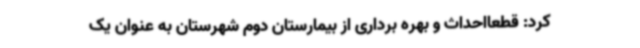
کرد: قطعاًاحداث و بهره برداری از بیمارستان دوم شهرستان به عنوان یک